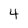
Character: 4